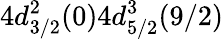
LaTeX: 4d_{3/2}^{2}(0)4d_{5/2}^{3}(9/2)